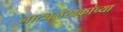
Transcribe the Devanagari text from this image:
नाट्यलेखकांच्या